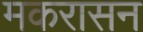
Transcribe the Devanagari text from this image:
मकरासन